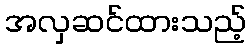
အလှဆင်ထားသည့်